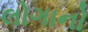
લોગાનો